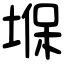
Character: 堢